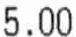
5.00